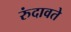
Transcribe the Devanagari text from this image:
रुंदावते